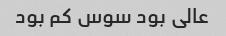
عالی بود سوس کم بود